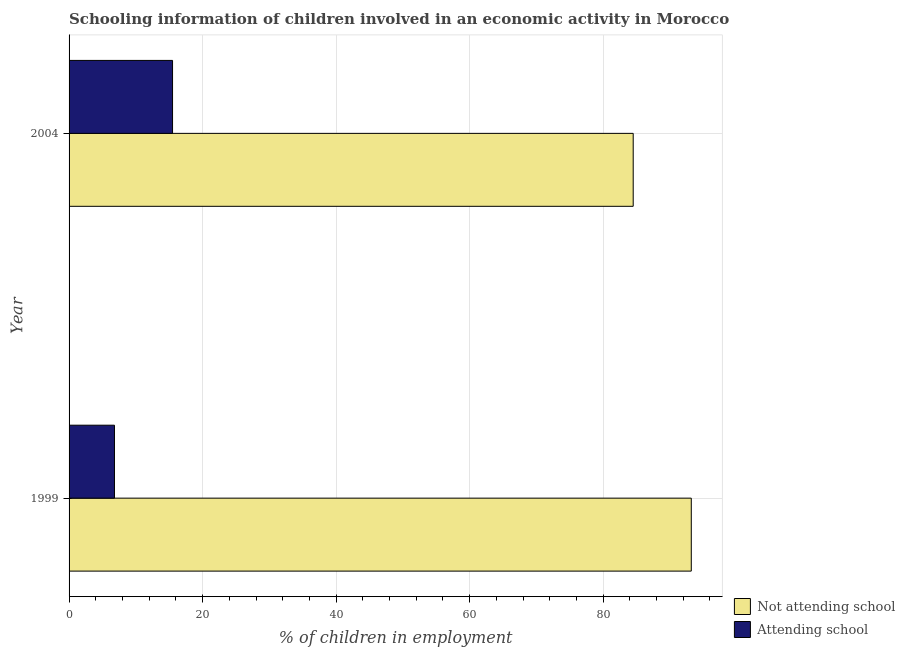
| Year | Not attending school | Attending school |
 | --- | --- | --- |
 | 1999 | 93.2 | 6.8 |
 | 2004 | 84.5 | 15.5 |